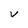
Character: V